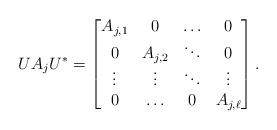
\begin{align*}UA_j U^*=\begin{bmatrix}A_{j,1}& 0& \ldots&0\\ 0& A_{j,2}& \ddots&0\\ \vdots&\vdots&\ddots&\vdots\\ 0&\ldots&0& A_{j,\ell}\end{bmatrix}.\end{align*}